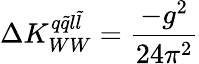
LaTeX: \Delta K_{WW}^{q\tilde{q}l\tilde{l}}=\frac{-g^{2}}{24\pi^{2}}